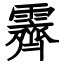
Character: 霽